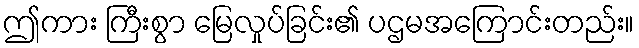
ဤကား ကြီးစွာ မြေလှုပ်ခြင်း၏ ပဌမအကြောင်းတည်း။